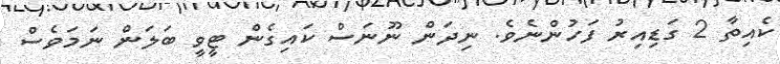
ކެއިތާ 2 ގަޑިއިރު ފަހުންނެވެ. ނިދަން ނޫނަސް ކައިގެން ޓީވީ ބަލަން ނަމަވެސް